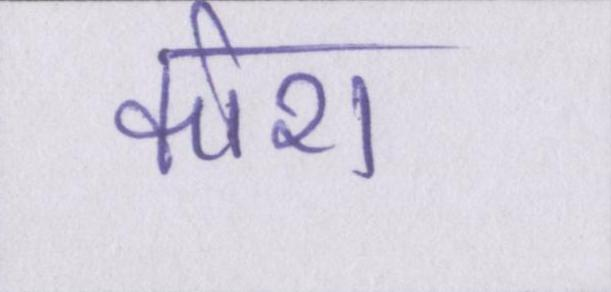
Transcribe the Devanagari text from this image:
कोरा